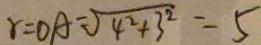
r = O A = \sqrt { 4 ^ { 2 } + 3 ^ { 2 } } = 5